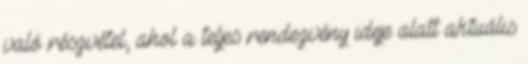
való részvétel, ahol a teljes rendezvény ideje alatt aktuális